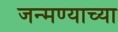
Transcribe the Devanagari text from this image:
जन्मण्याच्या